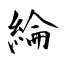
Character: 綸